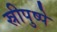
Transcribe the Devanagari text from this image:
स्रीपुष्पे